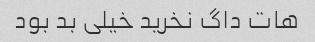
هات داگ نخرید خیلی بد بود